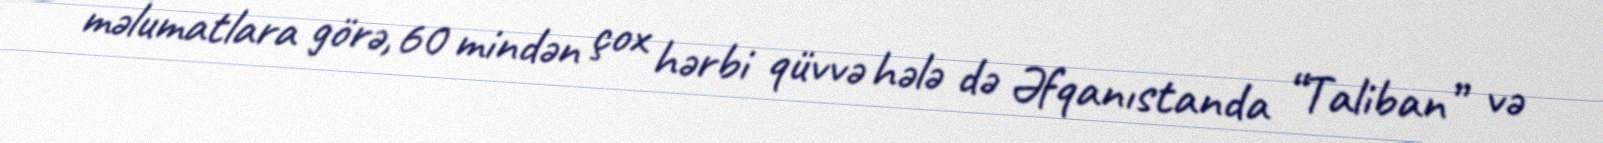
məlumatlara görə, 60 mindən çox hərbi qüvvə hələ də Əfqanıstanda “Taliban” və